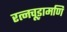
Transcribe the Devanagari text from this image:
रत्नचूड़ामणि